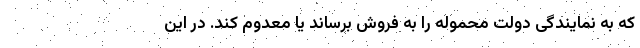
که به نمایندگی دولت محموله را به فروش برساند یا معدوم کند. در این